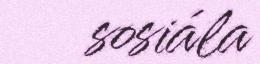
sosiála